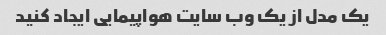
یک مدل از یک وب سایت هواپیمایی ایجاد کنید